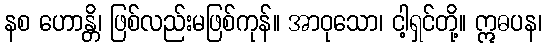
နစ ဟောန္တိ၊ ဖြစ်လည်းမဖြစ်ကုန်။ အာဝုသော၊ ငါ့ရှင်တို့။ ဣဓပန၊